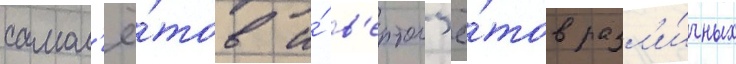
самол'ё́тов и́ в'ертол'ё́тов разл'и́чных